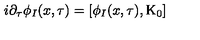
i \partial _ { \tau } \phi _ { I } ( x , \tau ) = [ \phi _ { I } ( x , \tau ) , \mathrm { K } _ { 0 } ]